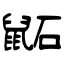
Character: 鼫